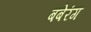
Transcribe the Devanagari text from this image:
बबेरंग